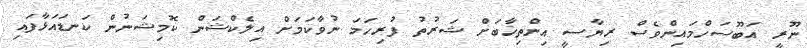
ނޫރީ އަބޫސަހްމައިންވެސް ރިޔާސީ އިންތިޚާބަށް ޝަރުތު ފުރިހަމަ ނުވާކަމަށް އިލެކްޝަން ކޮމިޝަނުން ކަނޑައަޅާފައި